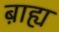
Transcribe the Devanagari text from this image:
ब़ाह्य